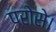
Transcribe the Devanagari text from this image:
परोसे।